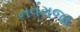
નવગજા